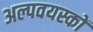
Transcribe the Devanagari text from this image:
अल्पवयस्कों